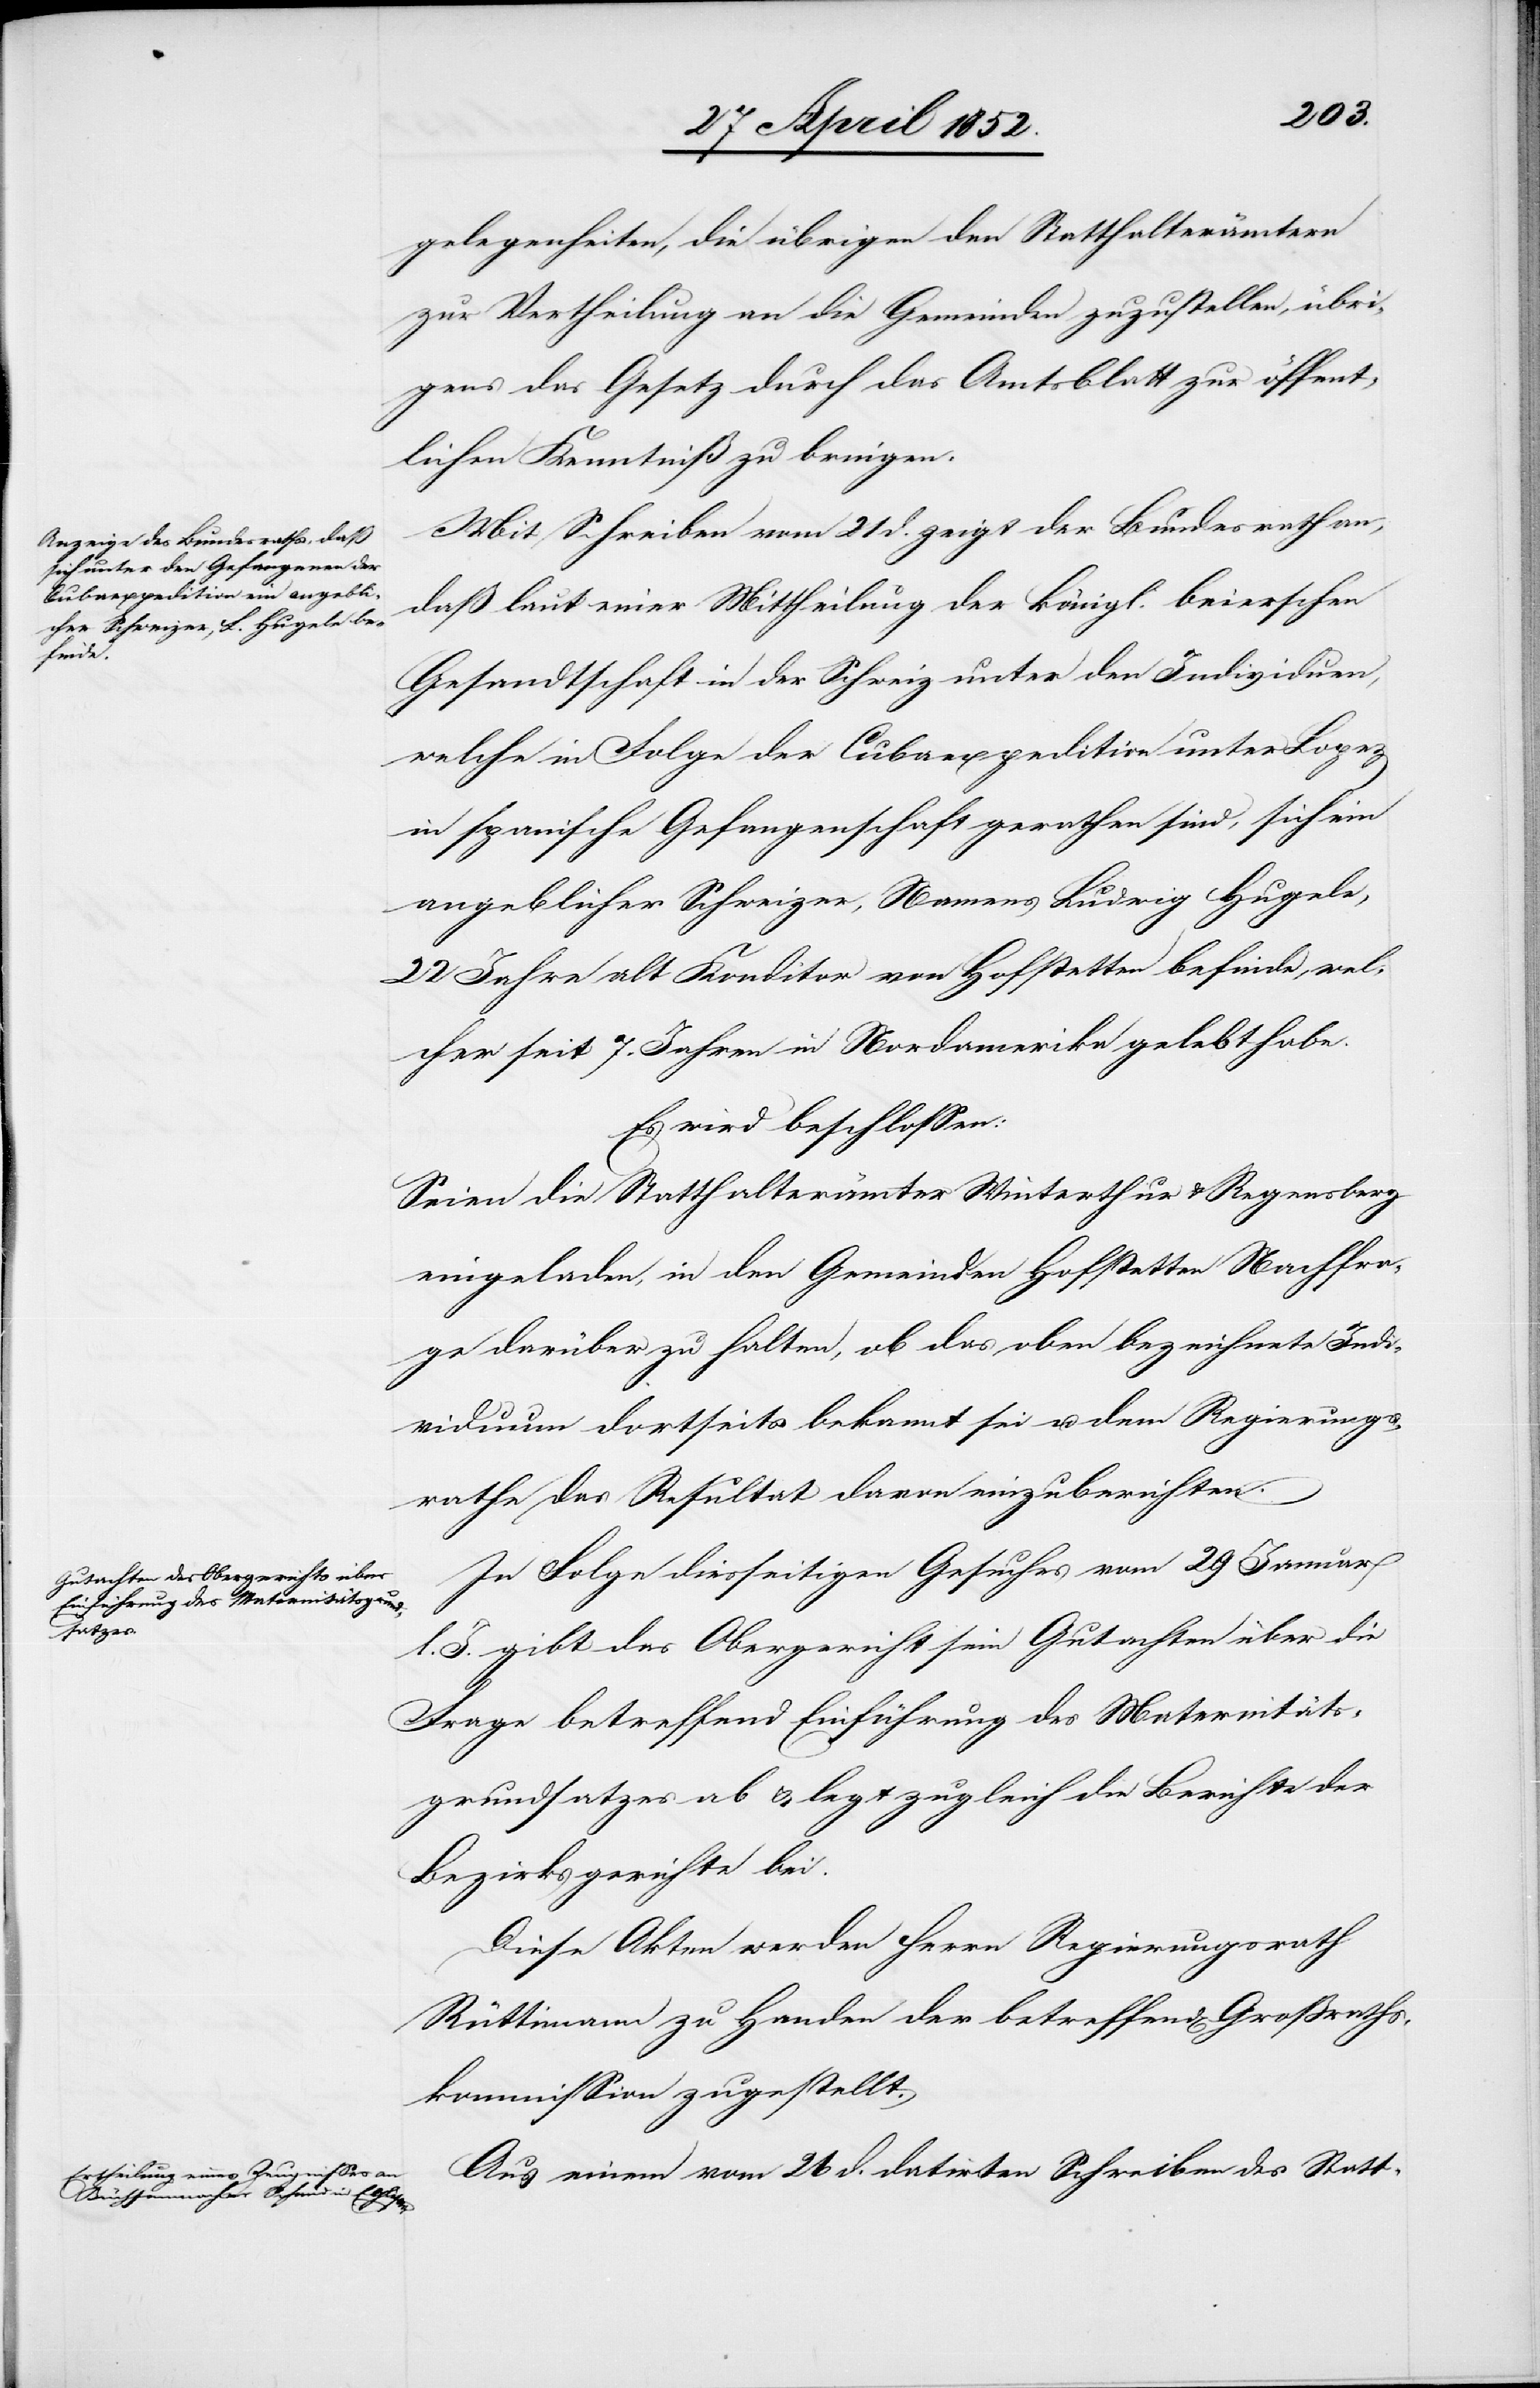
gelegenheiten, die übrigen den Statthalterämtern
zur Vertheilung an die Gemeinden zuzustellen, übri¬
gens das Gesetz durch das Amtsblatt zur öffent¬
lichen Kenntniß zu bringen.
Mit Schreiben vom 21 d. zeigt der Bundesrath an,
daß laut einer Mittheilung der königl. baierschen
Gesandtschaft in der Schweiz unter den Individuen,
welche in Folge der Cubaexpedition unter Lopez
in spanische Gefangenschaft gerathen sind, sich ein
angeblicher Schweizer, Namens Ludwig Hugele,
22 Jahre alt Konditor von Hofstetten befinde, wel¬
cher seit 7. Jahren in Nordamerika gelebt habe.
Es wird beschlossen:
Seien die Statthalterämter Winterthur & Regensberg
eingeladen, in den Gemeinden Hofstetten Nachfr¬
age darüber zu halten, ob das oben bezeichnete Indi¬
viduum dortseits bekannt sei u. dem Regierungs¬
rathe das Resultat davon einzuberichten.
In Folge diesseitigen Gesuches vom 29 Januar
l. J. gibt das Obergericht sein Gutachten über die
Frage betreffend Einführung des Maternitäts¬
grundsatzes ab & legt zugleich die Berichte der
Bezirksgerichte bei.
Diese Akten werden Herrn Regierungsrath
Rüttimann zu Handen der betreffend[en] Grossraths¬
kommission zugestellt.
Aus einem vom 26 d. datirten Schreiben des Statt-